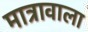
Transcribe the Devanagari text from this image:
मात्रावाला